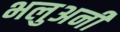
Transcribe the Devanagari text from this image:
भलुअनी